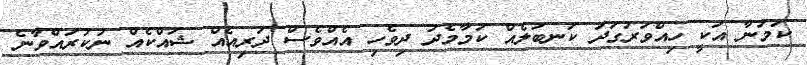
ކަމަނާ އަކީ ހިއްވަރުގަދަ ކަނބަލެއް ކަމާމެދު ދިވެހި އެއްވެސް ދަރިއެއް ޝައްކެއް ނުކުރައްވާނެ